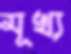
মূখ্য